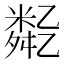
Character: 𠄈